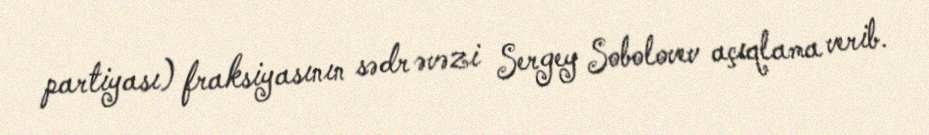
partiyası) fraksiyasının sədr əvəzi Sergey Sobolovev açıqlama verib.